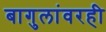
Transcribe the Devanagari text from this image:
बागुलांवरही